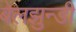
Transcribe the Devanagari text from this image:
बेलझुन्डी